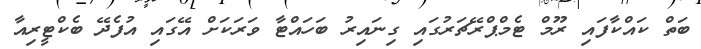
ބަތް ކައްކާފައި ރޫމް ޓެމްޕްރޭޗަރުގައި ގިނައިރު ބަހައްޓާ ވަރަކަށް އޭގައި އުފެދޭ ބެކްޓީރިއާ